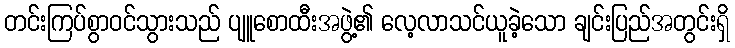
တင်းကြပ်စွာဝင်သွားသည် ပျူစောထီးအဖွဲ့၏ လေ့လာသင်ယူခဲ့သော ချင်းပြည်အတွင်းရှိ